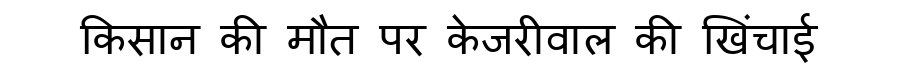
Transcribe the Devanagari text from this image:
किसान की मौत पर केजरीवाल की खिंचाई